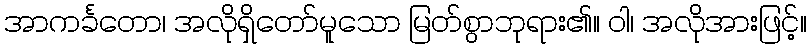
အာကင်္ခတော၊ အလိုရှိတော်မူသော မြတ်စွာဘုရား၏။ ဝါ၊ အလိုအားဖြင့်။